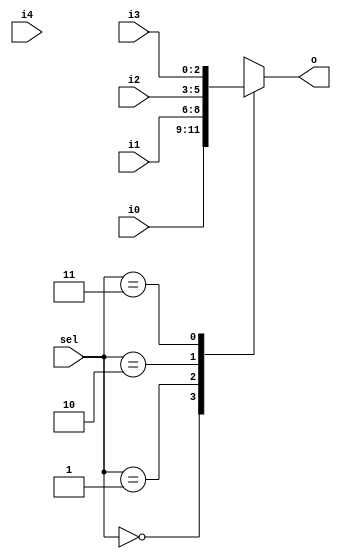
// This program was cloned from: https://github.com/steveicarus/ivtest
// License: GNU General Public License v2.0

module mux(

input wire [1:0] sel,
input wire [2:0] i0,
input wire [2:0] i1,
input wire [2:0] i2,
input wire [2:0] i3,
input wire [2:0] i4,
output reg [2:0] o

);

always @* begin
  case (sel)
    0 : o = i0;
    1 : o = i1;
    2 : o = i2;
    3 : o = i3;
    2 : o = i4;
  endcase
end

endmodule

module test();

reg  [1:0] sel;
wire [2:0] out;

mux mux(sel, 3'd0, 3'd1, 3'd2, 3'd3, 3'd4, out);

reg failed;

(* ivl_synthesis_off *)
initial begin
  failed = 0;
  sel = 0;
  repeat (4) begin
    #1 $display("%d : %b", sel, out);
    if (out !== sel) failed = 1;
    sel = sel + 1;
  end
  if (failed)
    $display("FAILED");
  else
    $display("PASSED");
end

endmodule